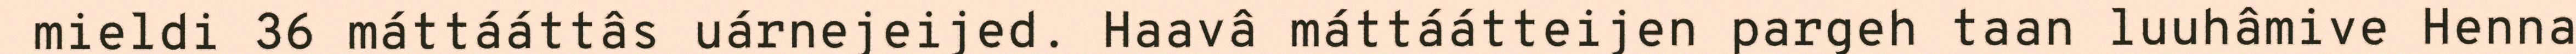
mieldi 36 máttááttâs uárnejeijed. Haavâ máttáátteijen pargeh taan luuhâmive Henna